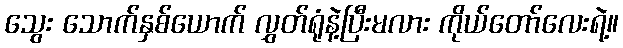
သွေး သောက်နှစ်ယောက် လွှတ်ရုံနဲ့ပြီးမလား ကိုယ်တော်လေးရဲ့။